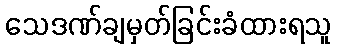
သေဒဏ်ချမှတ်ခြင်းခံထားရသူ